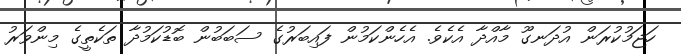
ހަޖަމުކުރަން އުދަނގޫ މާއްދާ އެކެވެ. އެހެންކަމުން ފައިބަރުގެ ސަބަބުން ބޮޑުކަމުދާ ތަކެތީގެ މިންވަރު